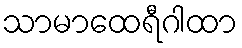
သာမာထေရီဂါထာ